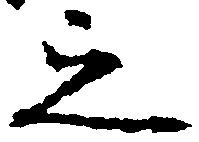
之